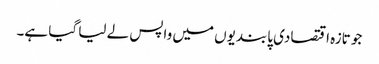
جو تازہ اقتصادی پابندیوں میں واپس لے لیا گیا ہے۔